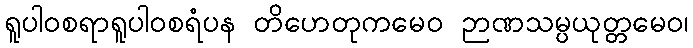
ရူပါဝစရာရူပါဝစရံပန တိဟေတုကမေဝ ဉာဏသမ္ပယုတ္တမေဝ၊